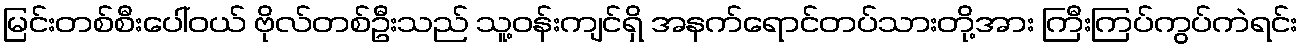
မြင်းတစ်စီးပေါ်ဝယ် ဗိုလ်တစ်ဦးသည် သူ့ဝန်းကျင်ရှိ အနက်ရောင်တပ်သားတို့အား ကြီးကြပ်ကွပ်ကဲရင်း